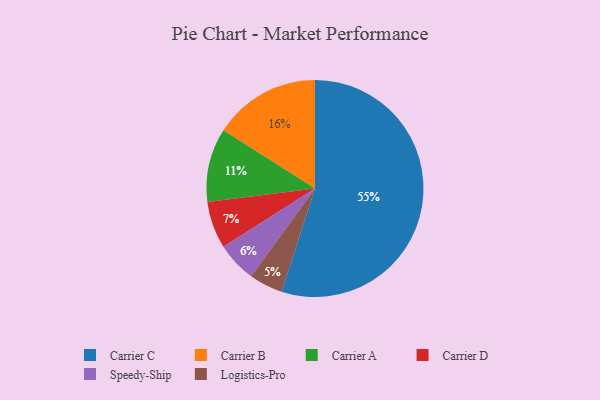
{"axis": {"x": "Category", "y": "Percentage"}, "legend": ["Carrier A", "Carrier B", "Carrier C", "Carrier D", "Logistics-Pro", "Speedy-Ship"], "data": [{"x": "Speedy-Ship", "y": 6, "type": "Speedy-Ship"}, {"x": "Logistics-Pro", "y": 5, "type": "Logistics-Pro"}, {"x": "Carrier D", "y": 7, "type": "Carrier D"}, {"x": "Carrier A", "y": 11, "type": "Carrier A"}, {"x": "Carrier C", "y": 55, "type": "Carrier C"}, {"x": "Carrier B", "y": 16, "type": "Carrier B"}]}